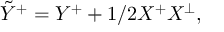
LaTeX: \tilde { Y } ^ { + } = Y ^ { + } + 1 / 2 X ^ { + } X ^ { \perp } ,